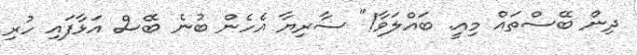
ދިން ބޭސްތައް މިއީ. ބައްލަވާ!" ސާރިޔާ އެހެން ބުނެ ބޭސް އަޅާފައި ހުރި